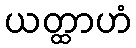
ယတ္ထာဟံ